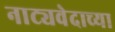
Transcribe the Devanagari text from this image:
नाट्यवेदाच्या